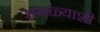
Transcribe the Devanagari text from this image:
सगळ्याशी